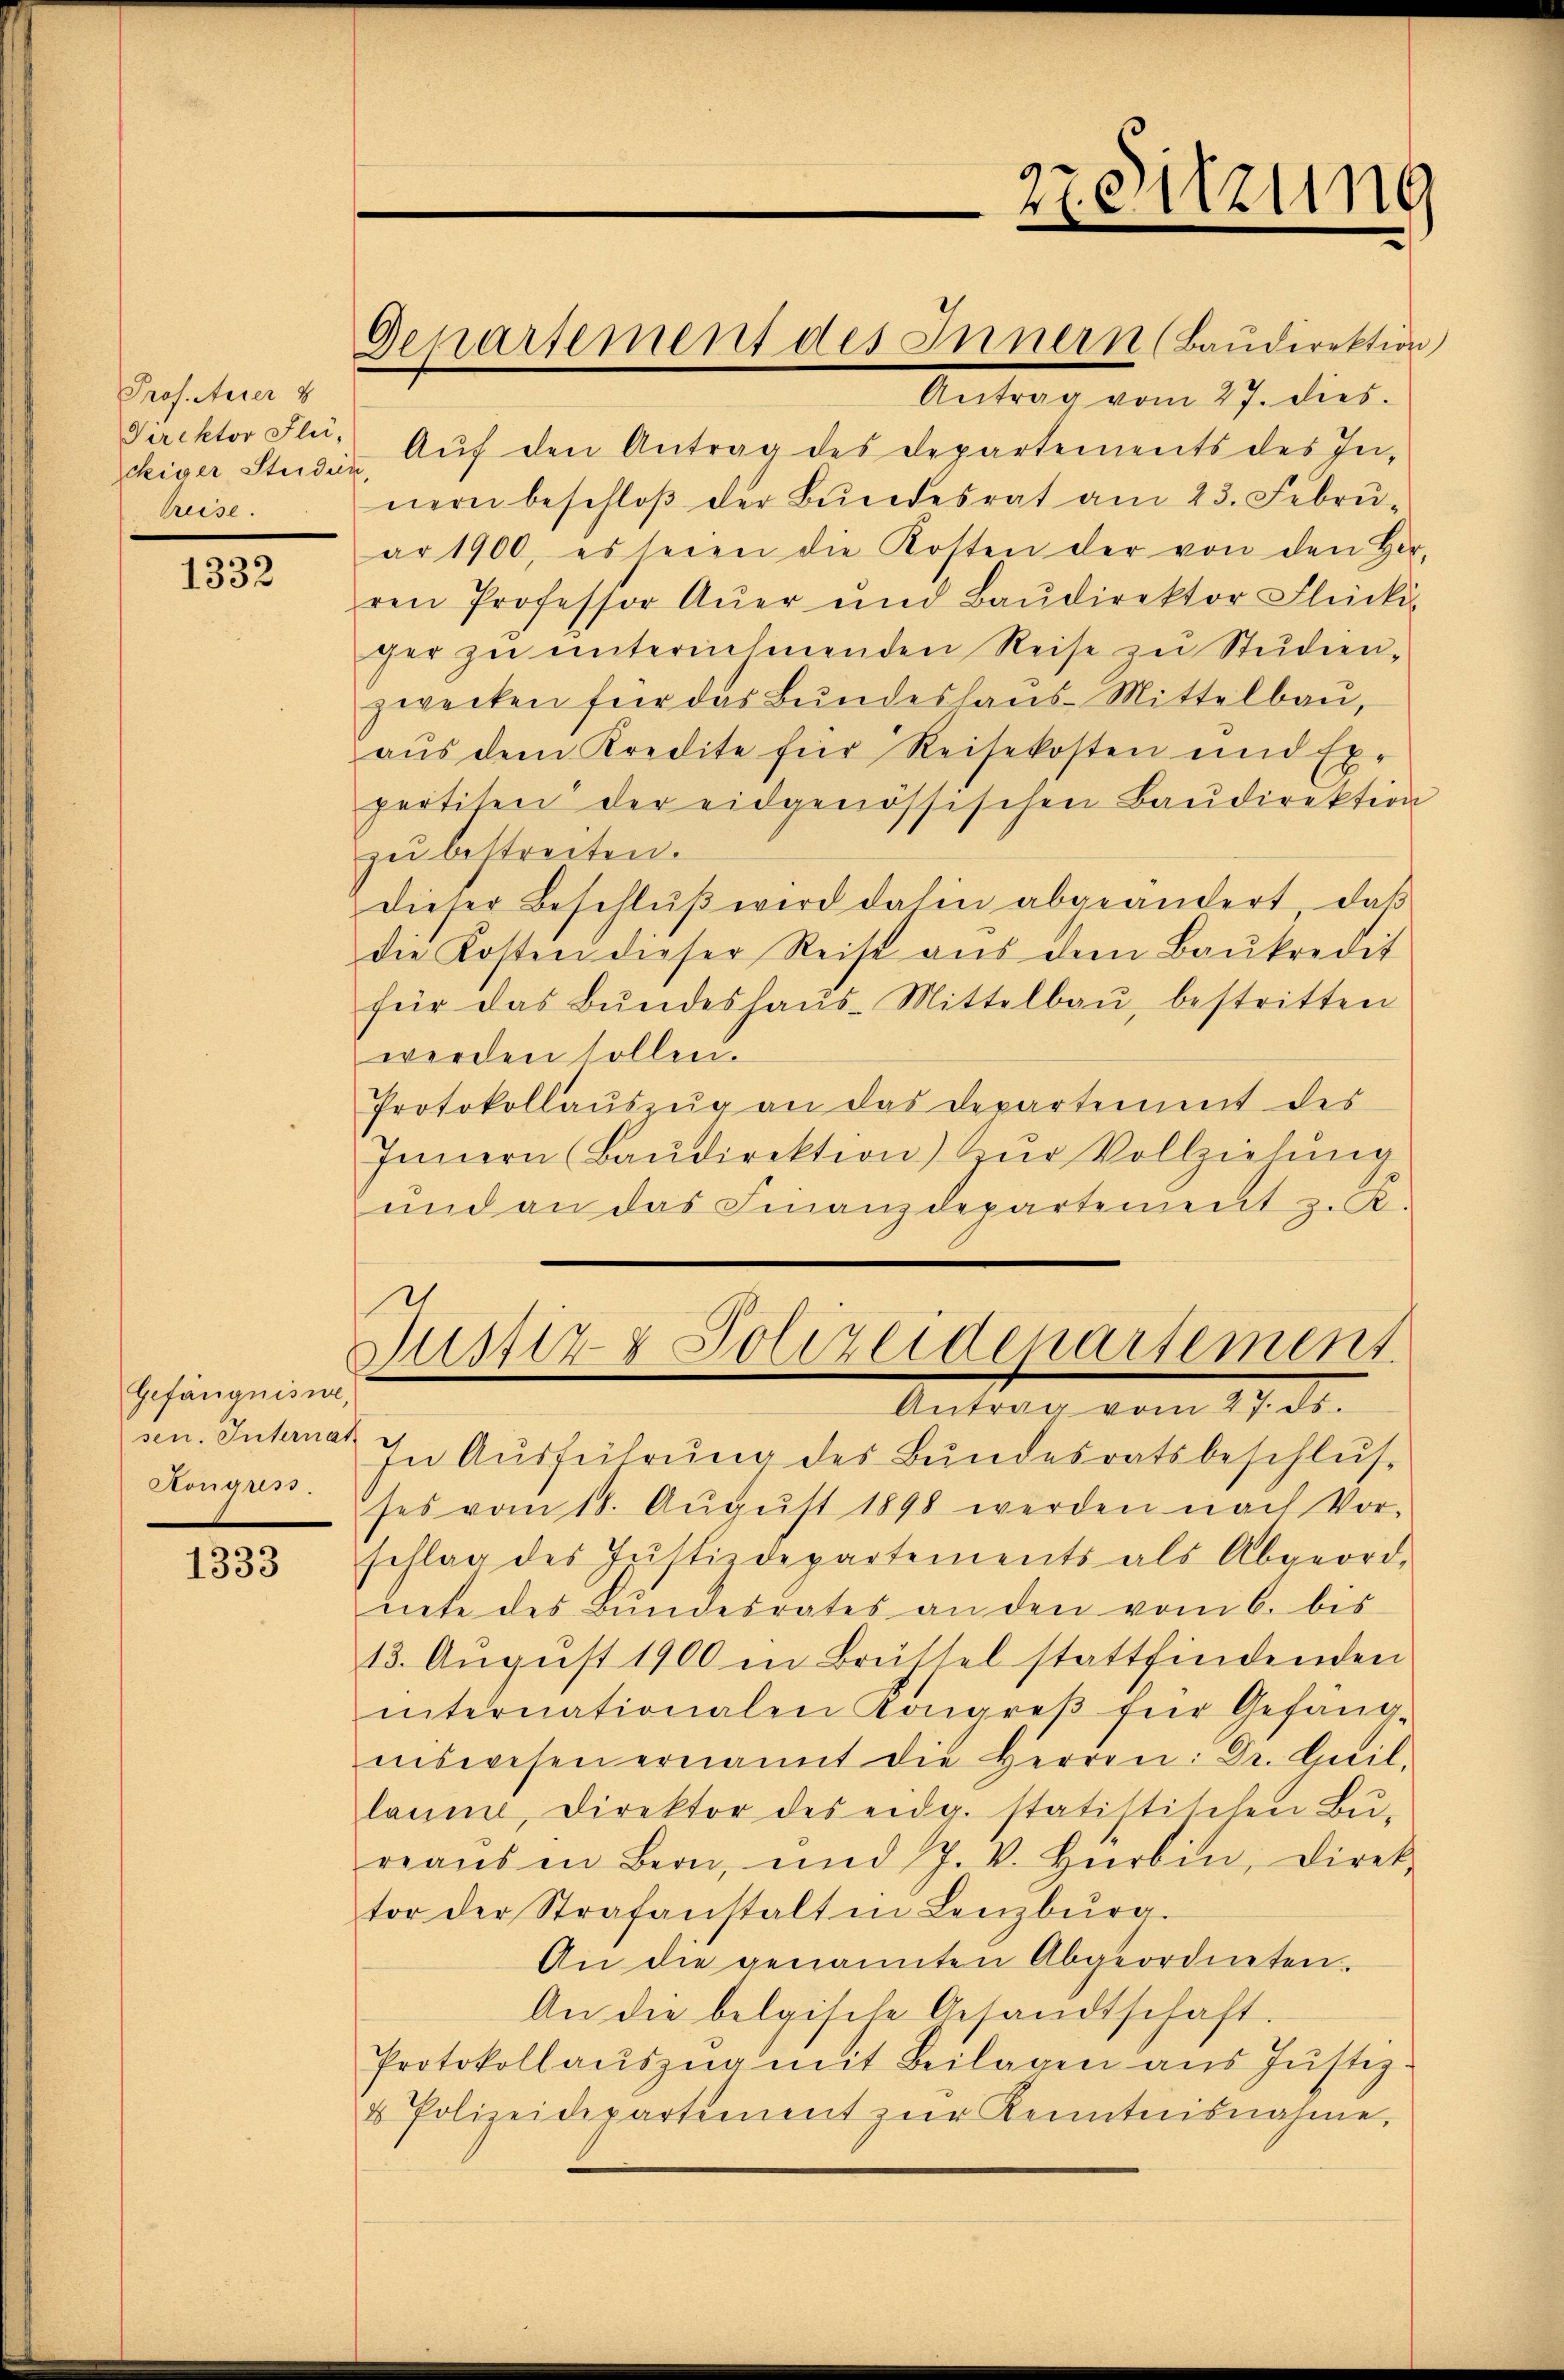
Prof. Auer v
Direktor Flü-
Preise.

1332

Gefängnisse,
sen. Internat
Konares.

1333

Gepartement des Innern (Baudirektion

Antrag vom 27. dies
kiser Studin. Aŭf den Antrag des Departements des In-
nern beschloβ der Bŭndesrat am 23. Febrŭ-
ar 1900, es seien die Kosten der von den Her
ren Professor Auer und Baŭdirektor Flückis
ger zu unternehmenden Reise zu Studien-
zwecken für das Bŭndeshaŭs-Mittelbaŭ,
aŭs dem Kredite für Reisekosten und Ex-
pertisen der eidgenössischen Baŭdirektion
zu bestreiten.
dieser Beschlŭβ wird dahin abgeändert, daβ
die Kosten dieser Reise aŭs dem Baŭkredit
für das Bŭndeshaŭs-Mittelbaŭ, bestritten
werden sollen.
Protokollauszug an das Departement des
Innern (Baudirektion) Zur Vollziehung
und an das Finanzdepartement z. K.

Zeutzung

Justiz & Polizeidepartement
Antrag vom 27. ds.

In Ausführung des Bundesratsbeschlus
ses vom 18. Aŭgŭst 1898 werden nach Vor-
schlag des Jŭstizdepartements als Abgeord-
nete des Bŭndesrates an den vom 6. bis
13. August 1900 in Brüssel stattfindenden
internationalen Kongreβ für Gefäng-
niswesen ernannt die Herren: Dr. Guil.
laume, Direktor des eidg. statistischen Bureaŭs in Bern, und J. V. Hürbin, Direk-
tor der Strafanstalt in Lenzburg.
An die genannten Abgeordneten.
An die belgische Gesandtschaft.
Protokollaŭszŭg mit Beilagen ans Justiz.
& Polizeidepartement zŭr Kenntnisnahme,